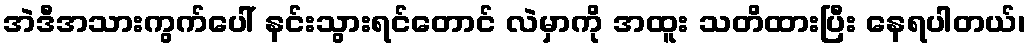
အဲဒီအသားကွက်ပေါ် နင်းသွားရင်တောင် လဲမှာကို အထူး သတိထားပြီး နေရပါတယ်၊